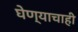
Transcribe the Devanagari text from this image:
घेण्याचाही